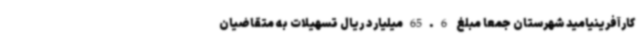
کارآفرینیامید شهرستان جمعاً مبلغ 65.6میلیارد ریال تسهیلات به متقاضیان